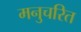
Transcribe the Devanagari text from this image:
मनुचरित